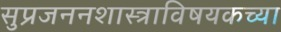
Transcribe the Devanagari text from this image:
सुप्रजननशास्त्राविषयकच्या